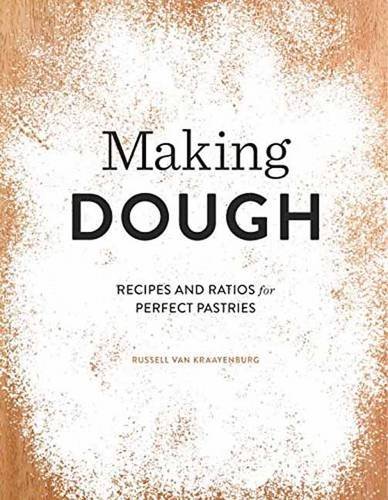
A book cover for Making Dough: Recipes and Ratios for Perfect Pastries; Russell van Kraayenburg; Cookbooks, Food & Wine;